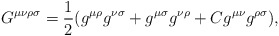
\begin{align*}G^{\mu \nu \rho \sigma} = { {1 \over 2}} (g^{\mu \rho}g^{\nu \sigma} + g^{\mu \sigma} g^{\nu \rho} + C g^{\mu \nu} g^{\rho\sigma}), \end{align*}